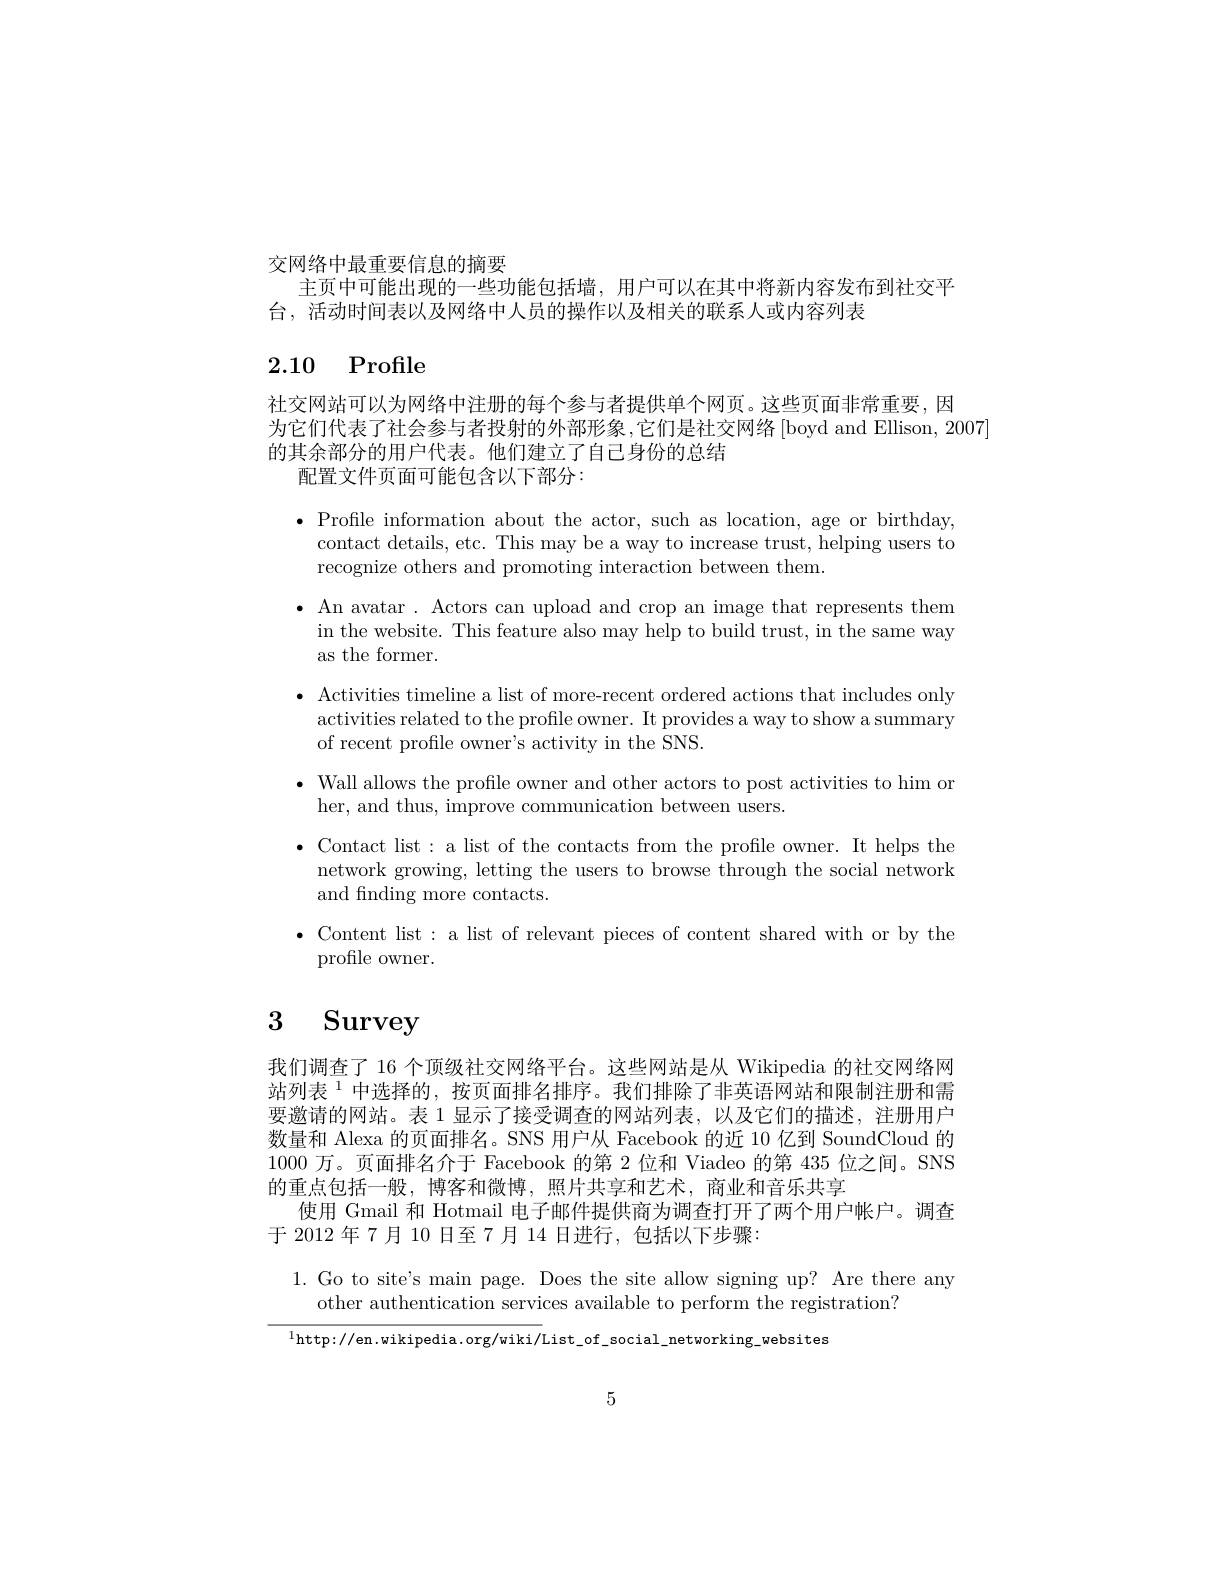
交网络中最重要信息的摘要
主页中可能出现的一些功能包括墙，用户可以在其中将新内容发布到社交平
台，活动时间表以及网络中人员的操作以及相关的联系人或内容列表

2.10 Profile

社交网站可以为网络中注册的每个参与者提供单个网页。这些页面非常重要，因
为它们代表了社会参与者投射的外部形象，它们是社交网络[boyd and Ellison, 2007]
的其余部分的用户代表。他们建立了自己身份的总结
配置文件页面可能包含以下部分：

$\begin{array}{l},&\text{Profile information about the actor, such as location, age or birthday,}\\&\text{contact details, etc. This may be a way to increase trust, helping users to}\end{array}$
recognize others and promoting interaction between them.
$\bullet$ An avatar. Actors can upload and crop an image that represents them in the website. This feature also may help to build trust, in the same way as the former.
$\bullet$ Activities timeline a list of more-recent ordered actions that includes only
activities related to the profile owner. It provides a way to show a summary
of recent profile owner's activity in the SNS.
$\bullet$ Wall allows the profile owner and other actors to post activities to him or
her, and thus, improve communication between users.
$\bullet$ Contact list: a list of the contacts from the profile owner. It helps the
network growing, letting the users to browse through the social network
and finding more contacts.
$\bullet$ Content list: a list of relevant pieces of content shared with or by the
profile owner.

# 3 Survey

我们调查了 16 个顶级社交网络平台。这些网站是从 Wikipedia 的社交网络网站列表$^{1}$中选择的，按页面排名排序。我们排除了非英语网站和限制注册和需要邀请的网站。表 1 显示了接受调查的网站列表，以及它们的描述，注册用户数量和 Alexa 的页面排名。SNS 用户从 Facebook 的近 10 亿到 SoundCloud 的1000万。页面排名介于 Facebook 的第 2 位和 Viadeo 的第 435 位之间。SNS 的重点包括一般，博客和微博，照片共享和艺术，商业和音乐共享
使用 Gmail 和 Hotmail 电子邮件提供商为调查打开了两个用户帐户。调查
于 2012 年 7 月 10 日至 7 月 14 日进行，包括以下步骤：

1.Go to site's main page. Does the site allow signing up? Are there any
other authentication services available to perform the registration?

$^{1}$http://en.wikipedia.org/wiki/List\_of\_social\_networking\_websites

5